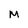
Character: M